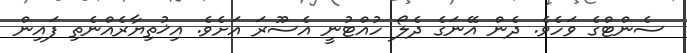
ސެންޓްގެ ވަހެވެ. ދެން އޭނަގެ ދެލޯ ހުއްޓުނީ އެސޫރަ އަށެވެ. އިޚުތިޔާރެއްނެތި ފައިން